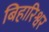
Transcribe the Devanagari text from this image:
बिहारिश्वर